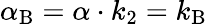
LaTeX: \alpha_{\mathrm{{B}}}=\alpha\cdot k_{2}=k_{\mathrm{{B}}}